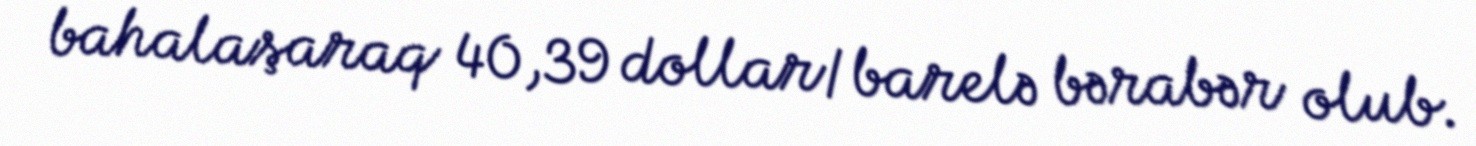
bahalaşaraq 40,39 dollar/barelə bərabər olub.